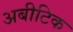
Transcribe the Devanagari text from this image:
अबीटिक